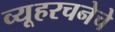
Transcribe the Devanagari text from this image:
व्यूहरचनेचे